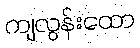
ကျလွန်းထော